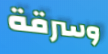
وسرقة